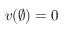
v ( \emptyset ) = 0